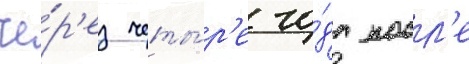
че́р'ез четы́р'е го́да посл'е